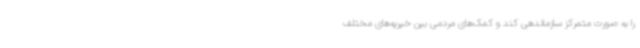
را به صورت متمرکز سازماندهی کند و کمک‌های مردمی بین خیریه‌های مختلف